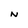
Character: N